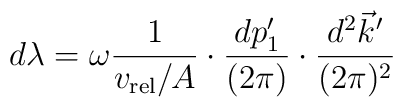
d \lambda = \omega {1\over v_{\rm rel} / A}   \cdot  {d p'_1 \over(2\pi)}\cdot  {d^2 \vec k' \over (2\pi)^2 }